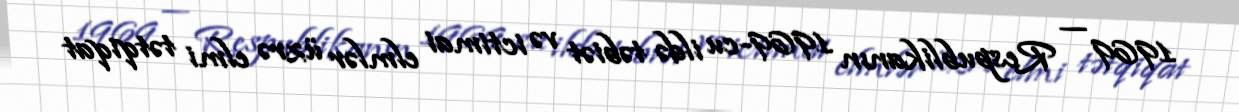
1969 — Respublikanın 1969-cu ildə təbiət və ictimai elmlər üzrə elmi tətqiqat